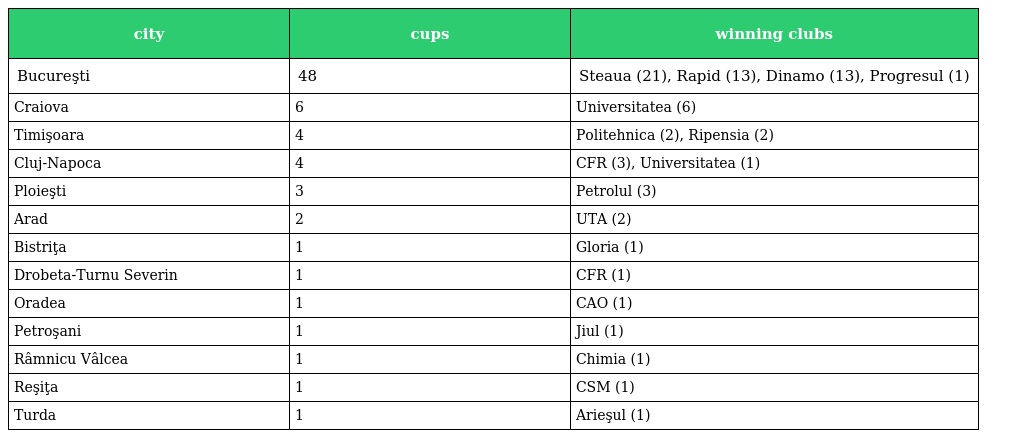
| city | cups | winning clubs |
 | --- | --- | --- |
 | Bucureşti | 48 | Steaua (21), Rapid (13), Dinamo (13), Progresul (1) |
 | Craiova | 6 | Universitatea (6) |
 | Timişoara | 4 | Politehnica (2), Ripensia (2) |
 | Cluj-Napoca | 4 | CFR (3), Universitatea (1) |
 | Ploieşti | 3 | Petrolul (3) |
 | Arad | 2 | UTA (2) |
 | Bistriţa | 1 | Gloria (1) |
 | Drobeta-Turnu Severin | 1 | CFR (1) |
 | Oradea | 1 | CAO (1) |
 | Petroşani | 1 | Jiul (1) |
 | Râmnicu Vâlcea | 1 | Chimia (1) |
 | Reşiţa | 1 | CSM (1) |
 | Turda | 1 | Arieşul (1) |